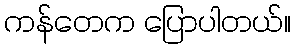
ကန်တေက ပြောပါတယ်။